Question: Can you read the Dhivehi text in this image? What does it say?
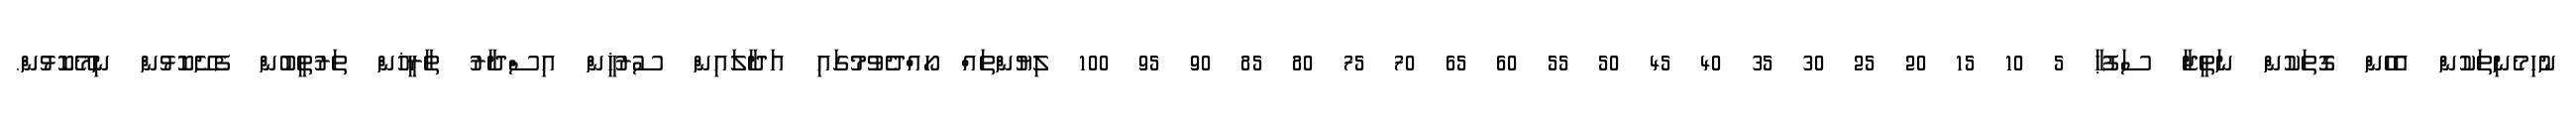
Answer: ނުހިމެނިތަކުން އެހެން ގޮތަކުން ނަތީޖާ ސަފުޙާ 5 10 15 20 25 30 35 40 45 50 55 60 65 70 75 80 85 90 95 100 ލިޔުންތައް ހޯއްދެވުމުގައި އަދާލައިން ސުރުޚީން އިސްދާރު ތާރީޚުން ތަރުތީބުން ފެށޭކޮޅުން ނިމޭކޮޅުން.